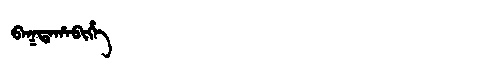
Manchu: ᠪᠠᡴᡨᠠᡥᠠᠪᡳᡥᡝ
Romanization: BAKTAHABIHE